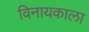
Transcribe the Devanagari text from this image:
विनायकाला